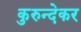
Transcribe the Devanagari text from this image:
कुरुन्देकर